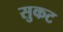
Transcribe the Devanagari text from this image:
सुकट